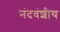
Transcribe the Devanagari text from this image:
नंदवंशीय